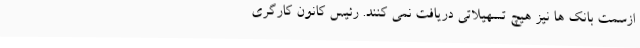
ازسمت بانک ها نیز هیچ تسهیلاتی دریافت نمی کنند. رئیس کانون کارگری